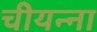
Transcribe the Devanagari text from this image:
चीयन्ना